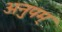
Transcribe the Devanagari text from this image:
अनुपम्